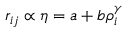
\begin{array} { r } { r _ { i j } \propto \eta = a + b \rho _ { i } ^ { \gamma } } \end{array}